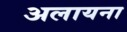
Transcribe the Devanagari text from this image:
अलायना